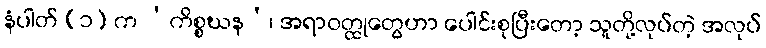
နံပါတ် (၁) က ‘ကိစ္စဃန’၊ အရာဝတ္ထုတွေဟာ ပေါင်းစုပြီးတော့ သူတို့လုပ်တဲ့ အလုပ်